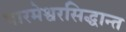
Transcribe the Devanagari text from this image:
पारमेश्वरसिद्धान्त